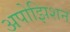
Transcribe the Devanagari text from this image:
अपोझिशन